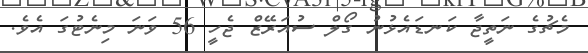
މެޗުގެ ނަތީޖާ ކަނޑައެޅުނު ގޯލް ސުއަރޭޒް ޖެހީ 56 ވަނަ މިނެޓުގަ އެވެ.